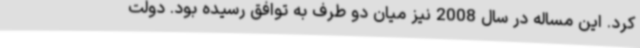
کرد. این مساله در سال 2008 نیز میان دو طرف به توافق رسیده بود. دولت